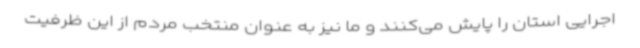
اجرایی استان را پایش می‌کنند و ما نیز به عنوان منتخب مردم از این ظرفیت